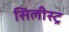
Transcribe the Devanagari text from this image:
सिलीस्ट्र